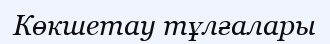
Көкшетау тұлғалары